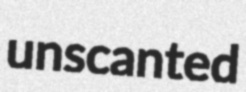
unscanted